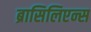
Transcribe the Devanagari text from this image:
ब्रासिलिएन्स